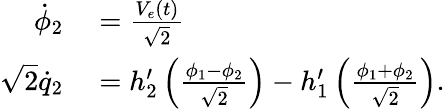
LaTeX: \begin{array}{rl}{\dot{\phi}_{2}}&{{}=\frac{V_{e}(t)}{\sqrt{2}}}\\ {\sqrt{2}\dot{q}_{2}}&{{}=h_{2}^{\prime}\left(\frac{\phi_{1}-\phi_{2}}{\sqrt{2}}\right)-h_{1}^{\prime}\left(\frac{\phi_{1}+\phi_{2}}{\sqrt{2}}\right).}\end{array}